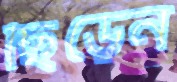
ছিঁড়েন